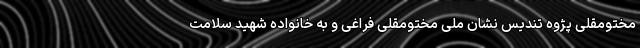
مختومقلی پژوه تندیس نشان ملی مختومقلی فراغی و به خانواده شهید سلامت